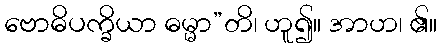
ဗောဓိပက္ခိယာ ဓမ္မာ”တိ၊ ဟူ၍။ အာဟ၊ ၏။